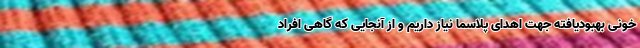
خونی بهبودیافته جهت اهدای پلاسما نیاز داریم و از آنجایی که گاهی افراد